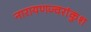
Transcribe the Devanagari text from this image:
नारायणज्वरांकुश